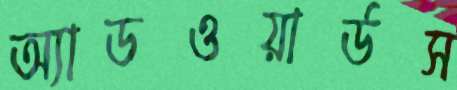
অ্যাডওয়ার্ডস